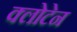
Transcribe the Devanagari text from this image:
क्लोटेन